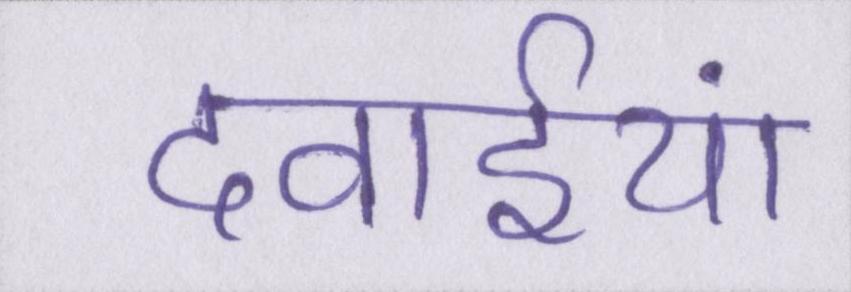
दवाईयां